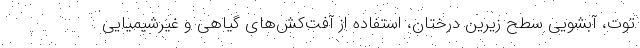
توت، آبشویی سطح زیرین درختان، استفاده از آفت‌کش‌های گیاهی و غیرشیمیایی